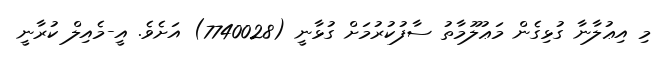
މި އިޢުލާނާ ގުޅިގެން މަޢުލޫމާތު ސާފުކުރުމަށް ގުޅާނީ (7740028) އަށެވެ. އީ-މެއިލް ކުރާނީ